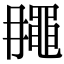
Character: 𪓘